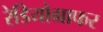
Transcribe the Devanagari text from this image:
रेडियोग्राफर